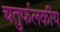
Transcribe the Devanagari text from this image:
चतुर्फलकीय